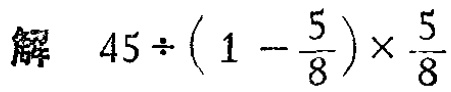
解 \(45\div\left(1 - \dfrac{5}{8}\right)\times\dfrac{5}{8}\)